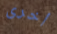
أخرى